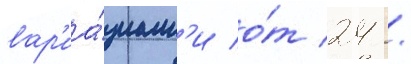
вар'иа́циам'и о́т 24 /